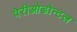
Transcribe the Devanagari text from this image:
पेरीओडोन्टल